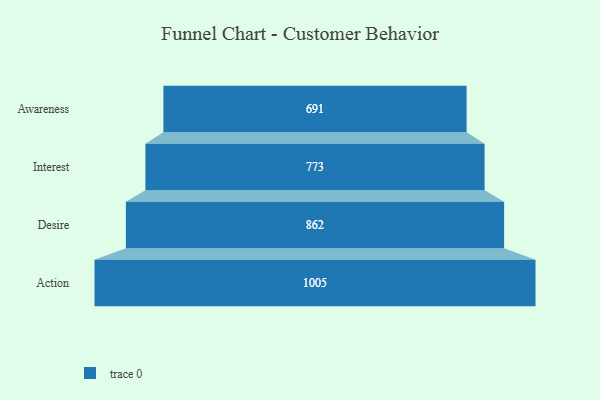
{"axis": {"x": "Stage", "y": "Value"}, "legend": [""], "data": [{"x": "Awareness", "y": 691.0, "type": ""}, {"x": "Interest", "y": 773.0, "type": ""}, {"x": "Desire", "y": 862.0, "type": ""}, {"x": "Action", "y": 1005.0, "type": ""}]}